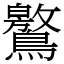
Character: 鸄